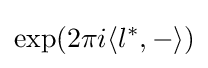
{\text{exp}}(2\pi i\langle l^{*},-\rangle )